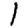
Digit: 1